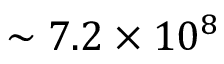
\sim 7 . 2 \times 1 0 ^ { 8 }